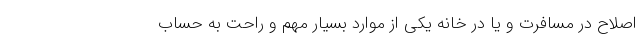
اصلاح در مسافرت و یا در خانه یکی از موارد بسیار مهم و راحت به حساب